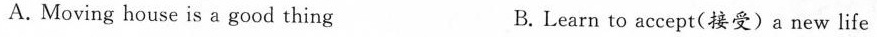
A. Moving house is a good thing B. Learn to accept(接受)a new life